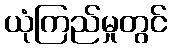
ယုံကြည်မှုတွင်